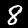
Label: 8